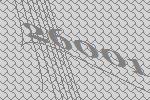
26001